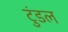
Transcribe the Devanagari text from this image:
टुंडल